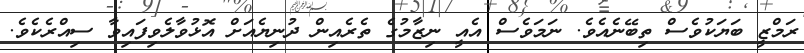
ރަމްޒީ ބަޔަކުވެސް ތިބޭނެއެވެ. ނަމަވެސް އެއީ ނިޒާމުގެ ތެރެއިން ދުނިޔެއަށް އޮޅުވާލެވިފައިވާ ސިއްރެކެވެ.